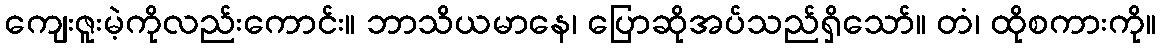
ကျေးဇူးမဲ့ကိုလည်းကောင်း။ ဘာသိယမာနေ၊ ပြောဆိုအပ်သည်ရှိသော်။ တံ၊ ထိုစကားကို။